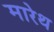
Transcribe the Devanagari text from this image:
मारेथ